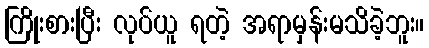
ကြိုးစားပြီး လုပ်ယူ ရတဲ့ အရာမှန်းမသိခဲ့ဘူး။